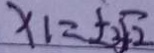
x _ { 1 } = \pm \sqrt { 2 }